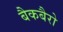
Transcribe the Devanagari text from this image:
बैकबैरो